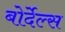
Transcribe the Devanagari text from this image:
बोर्देल्स